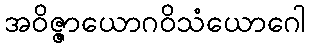
အဝိဇ္ဇာယောဂဝိသံယောဂေါ